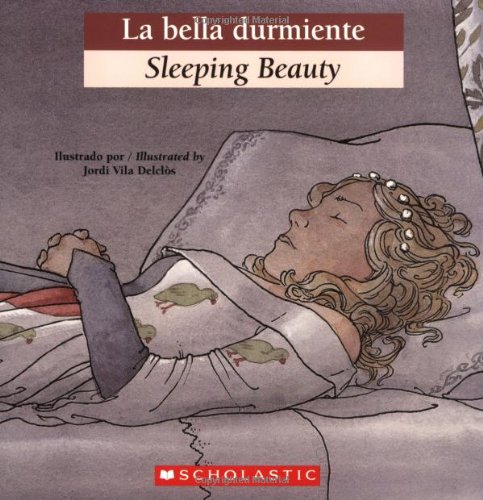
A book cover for La bella durmiente / Sleeping Beauty (Bilingual Tales) (Spanish Edition); Children's Books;